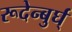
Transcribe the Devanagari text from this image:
रूदेन्बुर्घ्